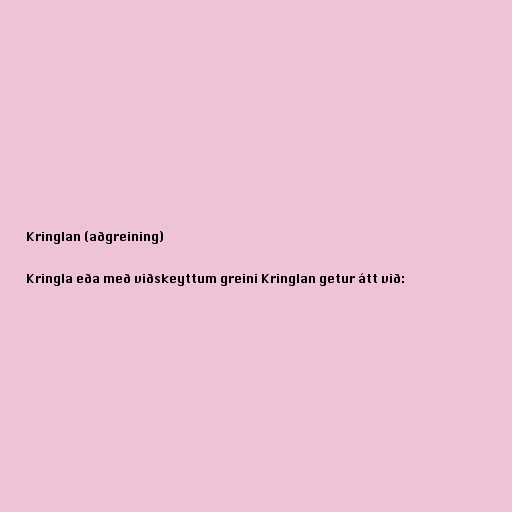
Kringlan (aðgreining)

Kringla eða með viðskeyttum greini Kringlan getur átt við: